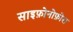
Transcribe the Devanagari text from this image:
साइफ़ोनोफ़ोरा